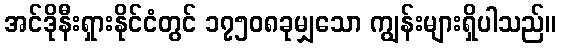
အင်ဒိုနီးရှားနိုင်ငံတွင် ၁၇၅၀၈ခုမျှသော ကျွန်းများရှိပါသည်။